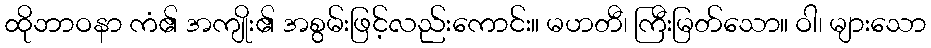
ထိုဘာဝနာ ကံ၏ အကျိုး၏ အစွမ်းဖြင့်လည်းကောင်း။ မဟတီ၊ ကြီးမြတ်သော။ ဝါ၊ များသော